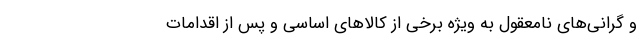
و گرانی‌های نامعقول به ویژه برخی از کالاهای اساسی و پس از اقدامات